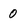
Character: 0